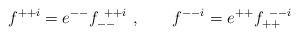
\begin{align*} f^{++i} = e^{--} f_{--}^{~++i}~, \qquad f^{--i} = e^{++} f_{++}^{~--i}\end{align*}